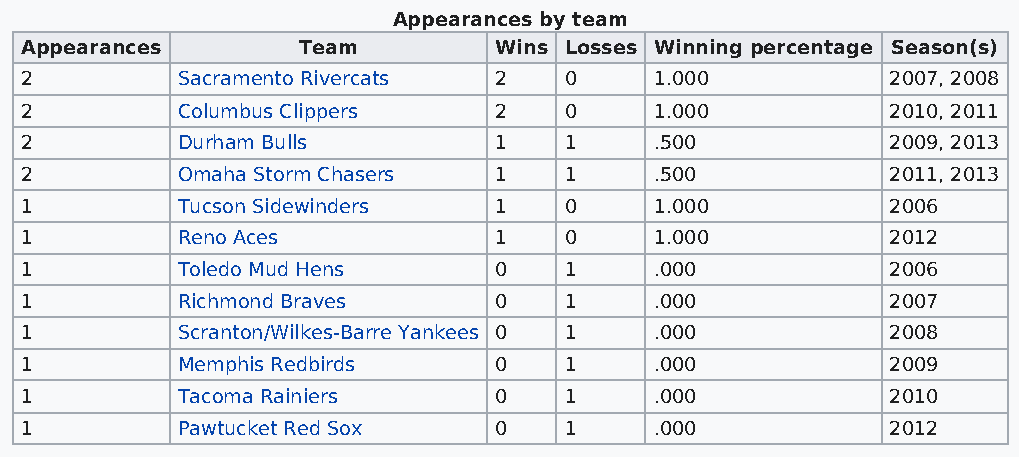
Appearances by team
 Appearances        Team         Wins Losses Winning percentage Season(s)
 2          Sacramento Rivercats 2   0     1.000           2007, 2008
 2          Columbus Clippers    2   0     1.000           2010, 2011
 2          Durham Bulls         1   1     .500            2009, 2013
 2          Omaha Storm Chasers  1   1     .500            2011, 2013
 1          Tucson Sidewinders   1   0     1.000           2006
 1          Reno Aces            1   0     1.000           2012
 1          Toledo Mud Hens      0   1     .000            2006
 1          Richmond Braves      0   1     .000            2007
 1          Scranton/Wilkes-Barre Yankees 0 1 .000         2008
 1          Memphis Redbirds     0   1     .000            2009
 1          Tacoma Rainiers      0   1     .000            2010
 1          Pawtucket Red Sox    0   1     .000            2012